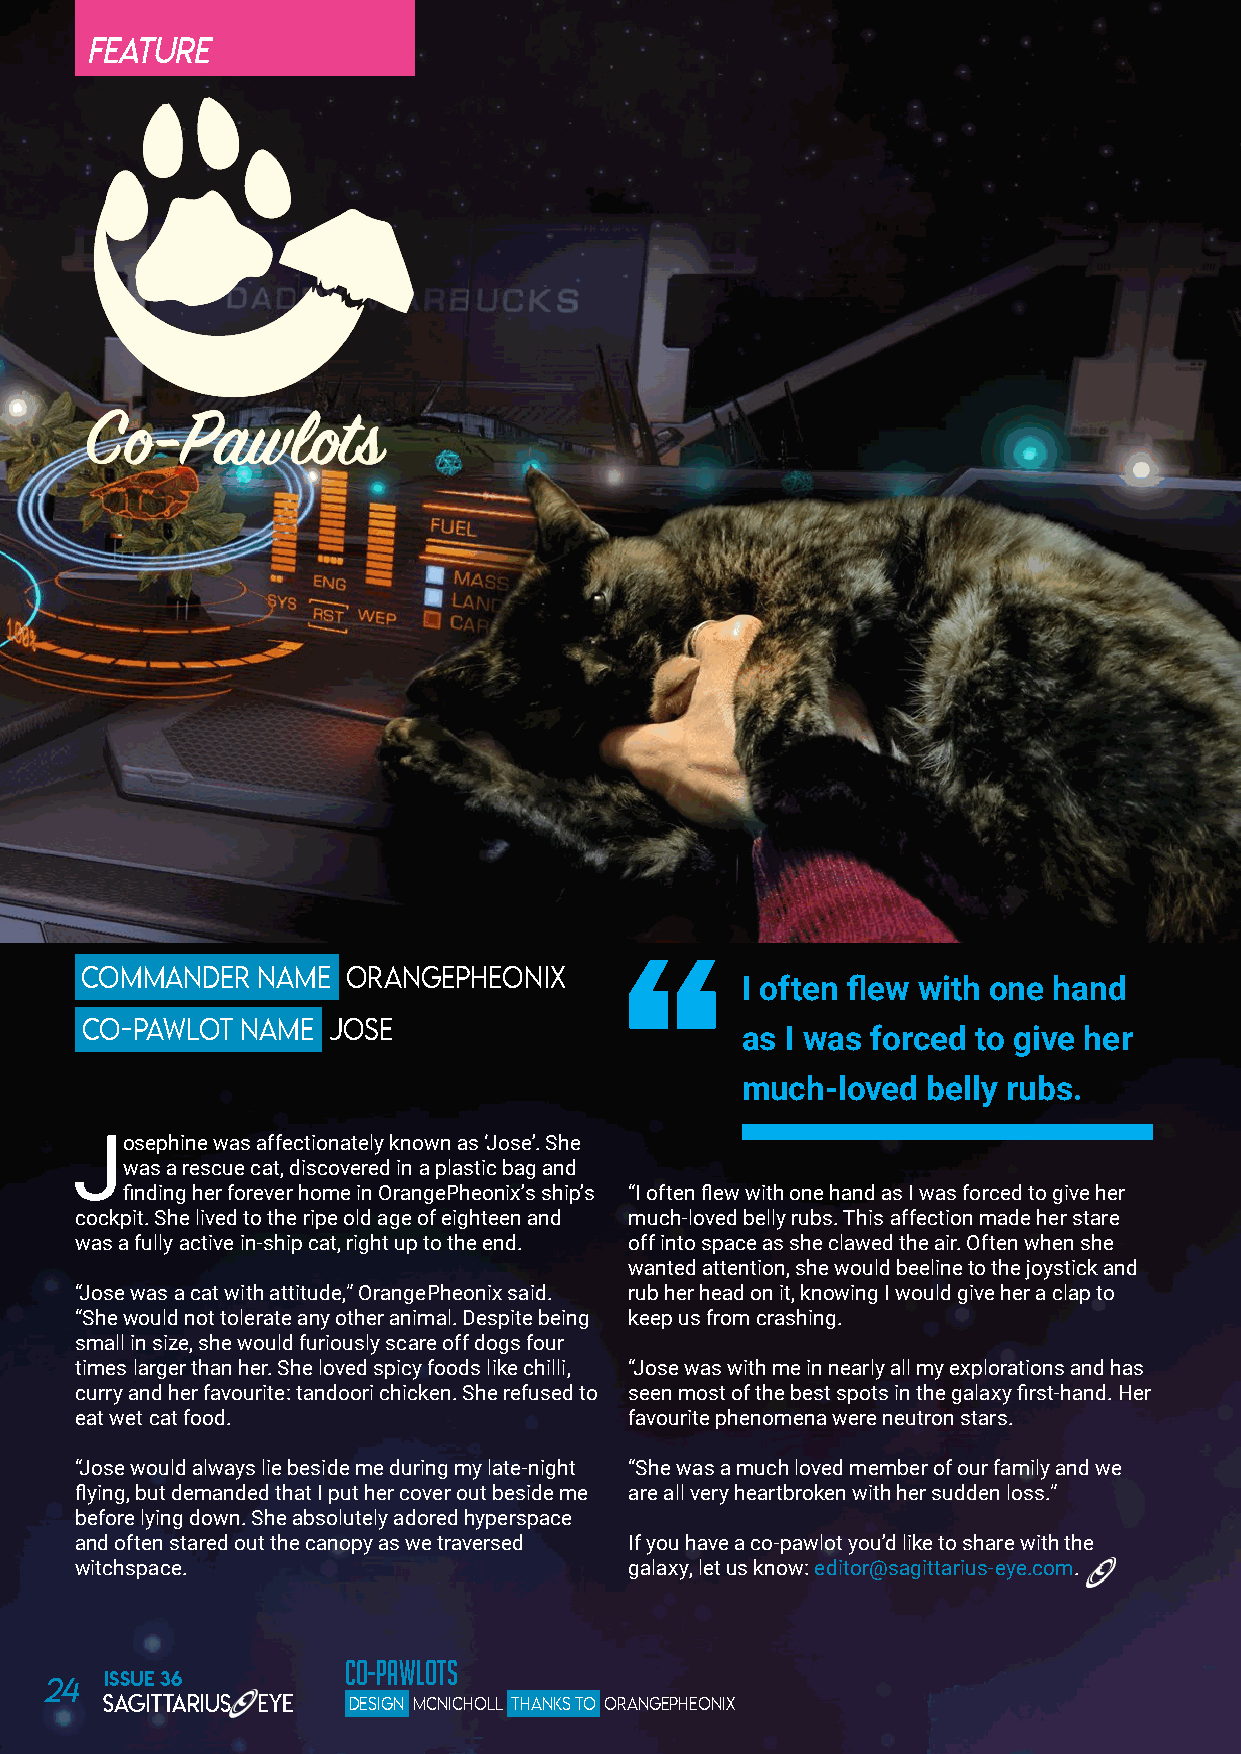
FEATURE
 COMMANDER   NAME  ORANGEPHEONIX
 I often flew with one hand
 CO-PAWLOT  NAME  JOSE                       as I was forced to give her
 much-loved  belly rubs.
 Josephine was affectionately known as ‘Jose’. She
 was a rescue cat, discovered in a plastic bag and
 finding her forever home in OrangePheonix’s ship’s “I often flew with one hand as I was forced to give her
 cockpit. She lived to the ripe old age of eighteen and much-loved belly rubs. This affection made her stare
 was a fully active in-ship cat, right up to the end. off into space as she clawed the air. Often when she
 wanted attention, she would beeline to the joystick and
 “Jose was a cat with attitude,” OrangePheonix said. rub her head on it, knowing I would give her a clap to
 “She would not tolerate any other animal. Despite being keep us from crashing.
 small in size, she would furiously scare off dogs four
 times larger than her. She loved spicy foods like chilli, “Jose was with me in nearly all my explorations and has
 curry and her favourite: tandoori chicken. She refused to seen most of the best spots in the galaxy first-hand. Her
 eat wet cat food.                    favourite phenomena were neutron stars.
 “Jose would always lie beside me during my late-night “She was a much loved member of our family and we
 flying, but demanded that I put her cover out beside me are all very heartbroken with her sudden loss.”
 before lying down. She absolutely adored hyperspace
 and often stared out the canopy as we traversed If you have a co-pawlot you’d like to share with the
 witchspace.                          galaxy, let us know: editor@sagittarius-eye.com.
 CO-PAWLOTS
 24  ISSUE 36
 DESIGN MCNICHOLL THANKS TO ORANGEPHEONIX